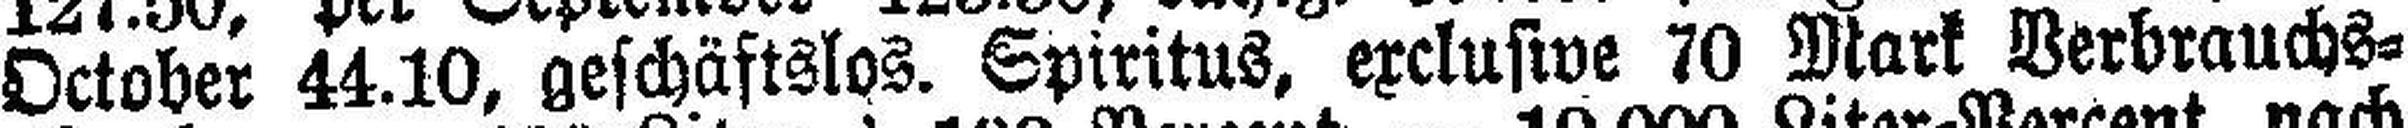
October 44.10, geschäftslos. Spiritus, exclusive 70 Mark Verbrauchs¬